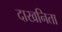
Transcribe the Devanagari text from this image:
दाखनिता